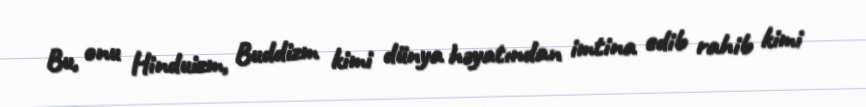
Bu, onu Hinduizm, Buddizm kimi dünya həyatından imtina edib rahib kimi